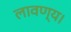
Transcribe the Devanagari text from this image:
लावण्य।